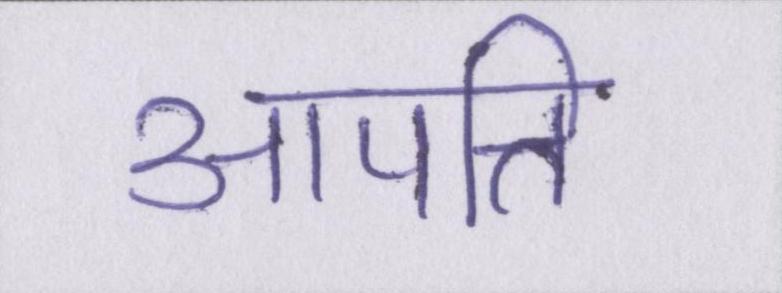
आपत्ति